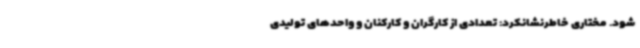
شود. مختاری خاطرنشانکرد: تعدادی از کارگران و کارکنان و واحدهای تولیدی